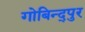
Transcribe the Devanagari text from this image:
गोबिन्द्पुर